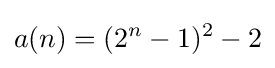
a(n)=(2^{n}-1)^{2}-2